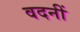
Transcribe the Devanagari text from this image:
वदनीं